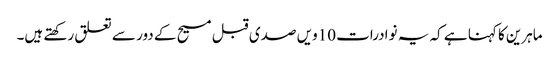
ماہرین کا کہنا ہے کہ یہ نوادرات 10ویں صدی قبل مسیح کے دور سے تعلق رکھتے ہیں۔